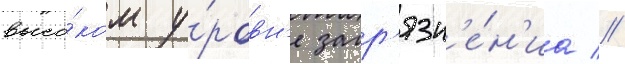
высо́ком у́ровн'е загр'язн'е́н'иа //